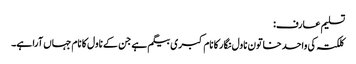
تسلیم عارف:
کلکتہ کی واحد خاتون ناول نگار کا نام کبری بیگم ہے جن کے ناول کا نام جہاں آرا ہے۔